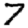
Digit: 7